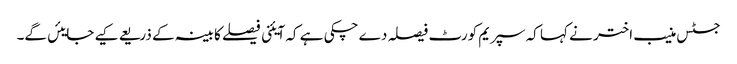
جسٹس منیب اختر نے کہا کہ سپریم کورٹ فیصلہ دے چکی ہے کہ آیئنی فیصلے کابینہ کے ذریعے کیے جایئں گے۔